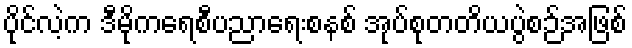
ပိုင်လဲ့က ဒီမိုကရေစီပညာရေးစနစ် အုပ်စုတတိယပွဲစဉ်အဖြစ်